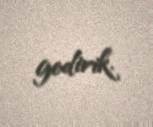
gedirik.